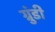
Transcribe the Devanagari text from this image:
ग्रुंडी